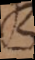
e